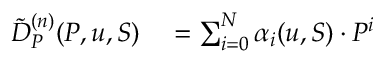
\begin{array} { r l } { \tilde { D } _ { P } ^ { ( n ) } ( P , u , S ) } & { { } = \sum _ { i = 0 } ^ { N } \alpha _ { i } ( u , S ) \cdot P ^ { i } } \end{array}